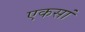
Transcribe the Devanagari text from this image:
एकसां